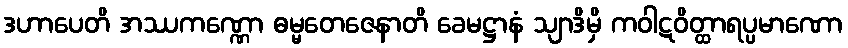
ဒဟာပေတိ အဿကဏ္ဏော ဓမ္မတေဇေနာတိ ခေမဋ္ဌာနံ သျာဒိမှိ ကဝါဋဝိတ္ထာရပ္ပမာဏော